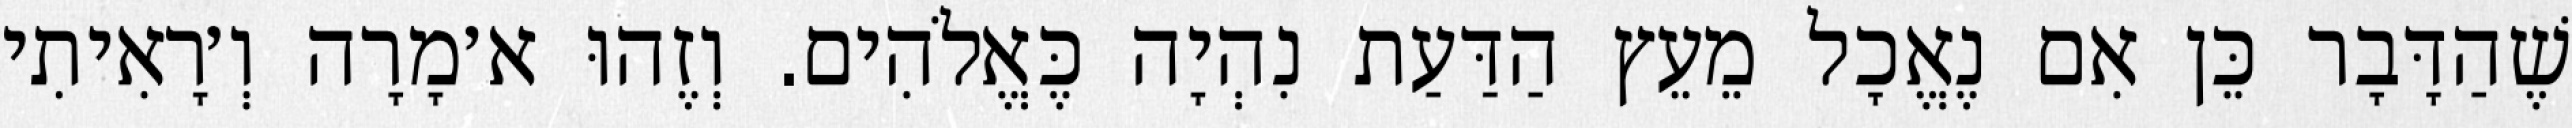
שֶׁהַדָּבָר כֵּן אִם נֶאֱכָל מֵעֵץ הַדַּעַת נִהְיָה כֶּאֱלֹהִים. וְזֶהוּ א׳מָרָה וְ׳רָאִיתִי